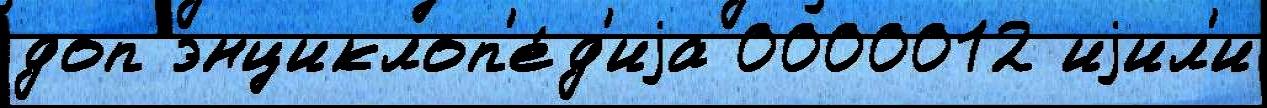
доп энциклоп'е́д'иjа 0000012 иjил'и